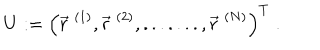
U : = \Big ( \vec { r } ^ { \; ( 1 ) } , \vec { r } ^ { \; ( 2 ) } , . . . . . . . , \vec { r } ^ { \; ( N ) } \Big ) ^ { T } \; .